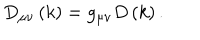
D _ { \mu \nu } \left( k \right) = g _ { \mu \nu } D \left( k \right) .